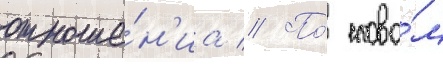
отноше́н'иа // По́ слова́м